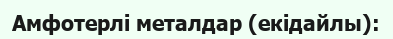
Амфотерлі металдар (екідайлы):